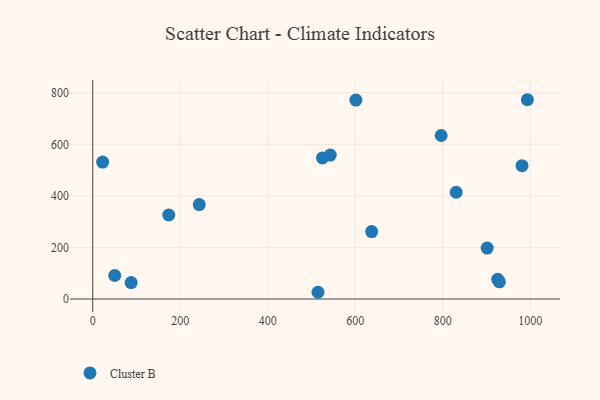
{"axis": {"x": "Ad Spend", "y": "Rating"}, "legend": ["Cluster B"], "data": [{"x": "173.7", "y": 325.8, "type": "Cluster B"}, {"x": "830.7", "y": 414.0, "type": "Cluster B"}, {"x": "601.4", "y": 771.4, "type": "Cluster B"}, {"x": "514.8", "y": 26.2, "type": "Cluster B"}, {"x": "542.9", "y": 558.2, "type": "Cluster B"}, {"x": "796.3", "y": 634.1, "type": "Cluster B"}, {"x": "925.5", "y": 76.4, "type": "Cluster B"}, {"x": "87.8", "y": 63.8, "type": "Cluster B"}, {"x": "50.2", "y": 91.3, "type": "Cluster B"}, {"x": "525.0", "y": 547.3, "type": "Cluster B"}, {"x": "901.6", "y": 197.7, "type": "Cluster B"}, {"x": "981.2", "y": 517.0, "type": "Cluster B"}, {"x": "243.5", "y": 366.3, "type": "Cluster B"}, {"x": "637.5", "y": 261.6, "type": "Cluster B"}, {"x": "993.4", "y": 772.9, "type": "Cluster B"}, {"x": "929.5", "y": 66.7, "type": "Cluster B"}, {"x": "22.6", "y": 531.3, "type": "Cluster B"}]}